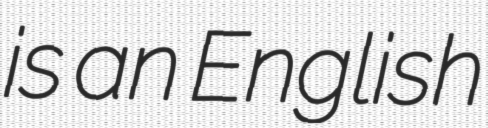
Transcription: is an English